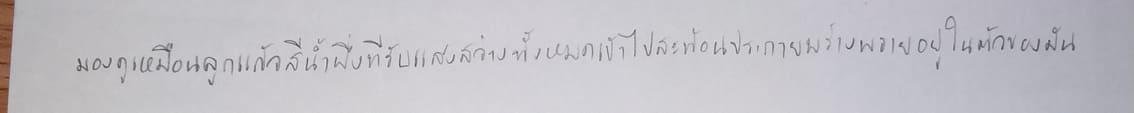
มองดูเหมือนลูกแก้วสีน้ำผึ้งที่รับแสงสว่างทั้งหมดเข้าไปสะท้อนประกายพร่างพรายอยู่ในตัวของมัน